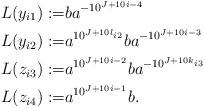
LaTeX: \begin{align*} L(y_{i1}):=&ba^{-10^{J+10i-4}}\\ L(y_{i2}):=&a^{10^{J+10l_{i2}}}ba^{-10^{J+10i-3}}\\ L(z_{i3}):=&a^{10^{J+10i-2}}ba^{-10^{J+10k_{i3}}}\\ L(z_{i4}):=&a^{10^{J+10i-1}}b . \end{align*}